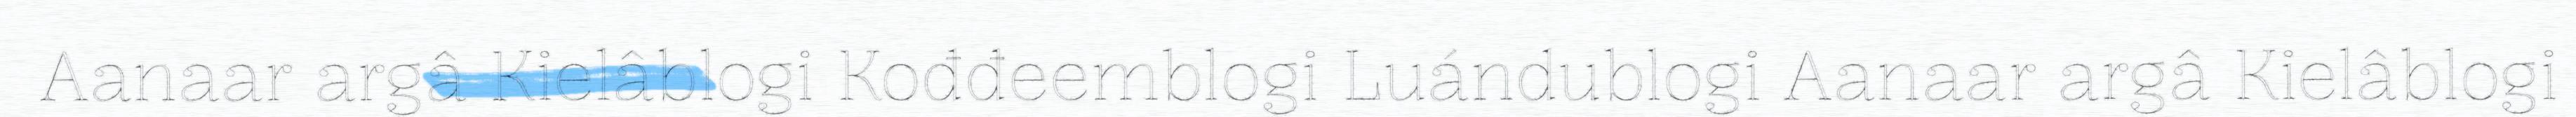
Aanaar argâ Kielâblogi Kođđeemblogi Luándublogi Aanaar argâ Kielâblogi